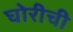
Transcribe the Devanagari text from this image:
घोरीची